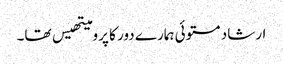
ارشاد مستوئی ہمارے دور کا پرومیتھیس تھا۔